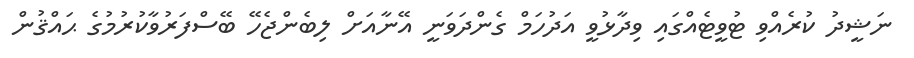
ނަޝީދު ކުރެއްވި ޓުވީޓެއްގައި ވިދާޅުވީ އަދުހަމް ގެންދަވަނީ އޭނާއަށް ލިބެންޖެހޭ ބޭސްފަރުވާކުރުމުގެ ޙައްޤުން